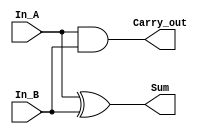
`timescale 1ns / 1ps

module Half_Adder(
    In_A, In_B, Sum, Carry_out
    );
    input In_A, In_B;
    output Sum, Carry_out;
    
    // implement half adder circuit, your code starts from here.
	// gate(output, input1, input2)
    xor(Sum,In_A,In_B);
	and(Carry_out,In_A,In_B);
	
endmodule